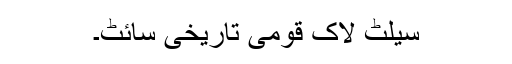
سیلٹ لاک قومی تاریخی سائٹ۔